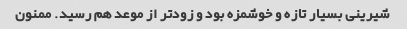
شیرینی بسیار تازه و خوشمزه بود و زود‌تر از موعد هم رسید. ممنون